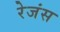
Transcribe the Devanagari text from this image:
रेजंस